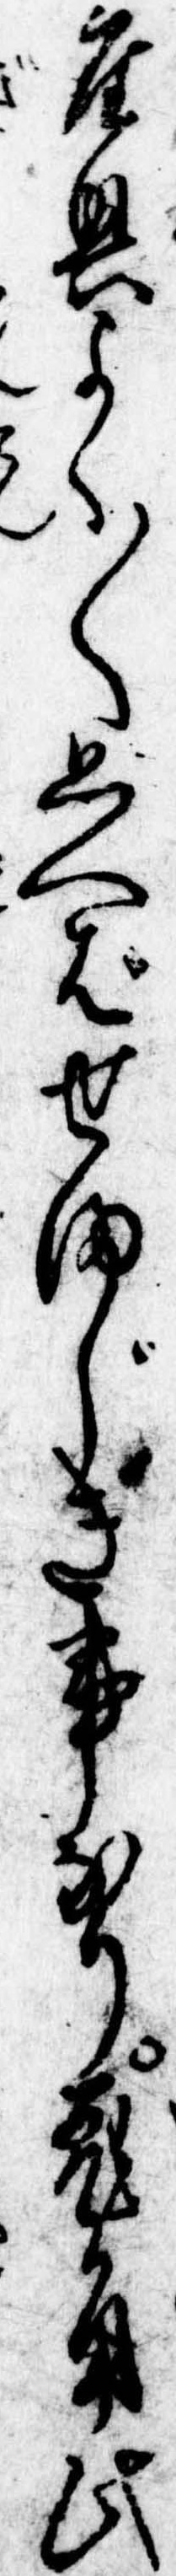
座興よく〱思へばせまじき事なり菟角此